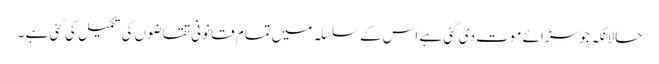
حالانکہ جو سزائے موت دی گئی ہے اس کے سلسلہ میں تمام قانونی تقاضوں کی تکمیل کی گئی ہے ۔